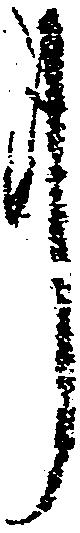
事